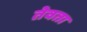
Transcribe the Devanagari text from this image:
तेवता